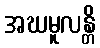
အဃမူလန္တိ